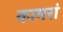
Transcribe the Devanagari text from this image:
कामरां